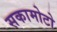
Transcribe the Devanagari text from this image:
सकामोटो